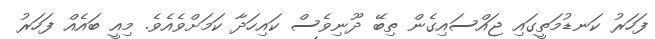
ފަހަރު ކަނޑުމަތީގައި ޖައްސައިގެން ތިބޭ ދޫނިވެސް ކައިހަދާ ކަމަށްވެއެވެ. މިއީ ބައެއް ފަހަރު